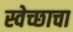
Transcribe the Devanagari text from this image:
स्वेच्छाचा